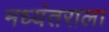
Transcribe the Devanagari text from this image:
मध्यंतराला